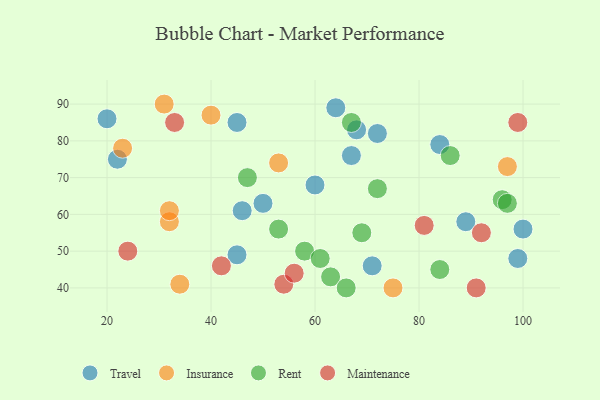
{"axis": {"x": "GDP", "y": "Life Expectancy"}, "legend": ["Insurance", "Maintenance", "Rent", "Travel"], "data": [{"x": "72", "y": 82, "type": "Travel"}, {"x": "50", "y": 63, "type": "Travel"}, {"x": "67", "y": 76, "type": "Travel"}, {"x": "89", "y": 58, "type": "Travel"}, {"x": "20", "y": 86, "type": "Travel"}, {"x": "60", "y": 68, "type": "Travel"}, {"x": "45", "y": 49, "type": "Travel"}, {"x": "71", "y": 46, "type": "Travel"}, {"x": "84", "y": 79, "type": "Travel"}, {"x": "99", "y": 48, "type": "Travel"}, {"x": "45", "y": 85, "type": "Travel"}, {"x": "100", "y": 56, "type": "Travel"}, {"x": "68", "y": 83, "type": "Travel"}, {"x": "64", "y": 89, "type": "Travel"}, {"x": "22", "y": 75, "type": "Travel"}, {"x": "46", "y": 61, "type": "Travel"}, {"x": "75", "y": 40, "type": "Insurance"}, {"x": "34", "y": 41, "type": "Insurance"}, {"x": "32", "y": 58, "type": "Insurance"}, {"x": "97", "y": 73, "type": "Insurance"}, {"x": "32", "y": 61, "type": "Insurance"}, {"x": "40", "y": 87, "type": "Insurance"}, {"x": "23", "y": 78, "type": "Insurance"}, {"x": "31", "y": 90, "type": "Insurance"}, {"x": "53", "y": 74, "type": "Insurance"}, {"x": "58", "y": 50, "type": "Rent"}, {"x": "72", "y": 67, "type": "Rent"}, {"x": "47", "y": 70, "type": "Rent"}, {"x": "67", "y": 85, "type": "Rent"}, {"x": "96", "y": 64, "type": "Rent"}, {"x": "84", "y": 45, "type": "Rent"}, {"x": "53", "y": 56, "type": "Rent"}, {"x": "97", "y": 63, "type": "Rent"}, {"x": "86", "y": 76, "type": "Rent"}, {"x": "61", "y": 48, "type": "Rent"}, {"x": "63", "y": 43, "type": "Rent"}, {"x": "66", "y": 40, "type": "Rent"}, {"x": "69", "y": 55, "type": "Rent"}, {"x": "42", "y": 46, "type": "Maintenance"}, {"x": "81", "y": 57, "type": "Maintenance"}, {"x": "33", "y": 85, "type": "Maintenance"}, {"x": "54", "y": 41, "type": "Maintenance"}, {"x": "24", "y": 50, "type": "Maintenance"}, {"x": "92", "y": 55, "type": "Maintenance"}, {"x": "91", "y": 40, "type": "Maintenance"}, {"x": "56", "y": 44, "type": "Maintenance"}, {"x": "99", "y": 85, "type": "Maintenance"}]}